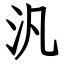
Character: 汎